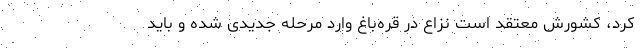
کرد، کشورش معتقد است نزاع در قره‌باغ وارد مرحله جدیدی شده و باید